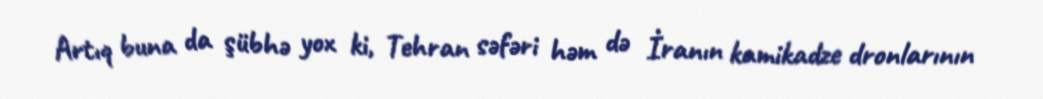
Artıq buna da şübhə yox ki, Tehran səfəri həm də İranın kamikadze dronlarının